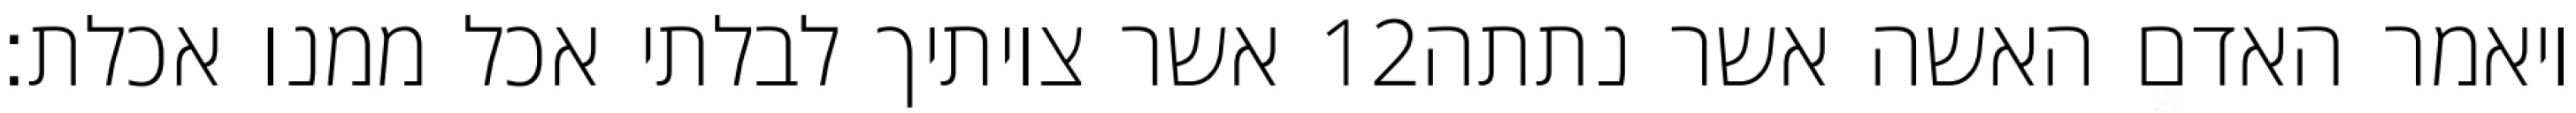
אשר צויתיך לבלתי אכל ממנו אכלת׃ ‎12‏ ויאמר האדם האשה אשר נתתה